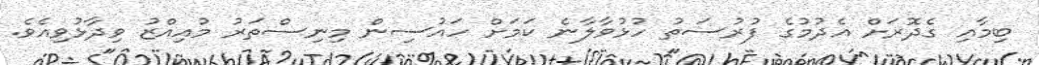
ބިމާއި ގެދޮރަށް އެދުމުގެ ފުރުސަތު ހުޅުވާލާނެ ކަމަށް ހައުސިން މިނިސްތަރު މުއިއްޒު ވިދާޅުވިއެވެ.